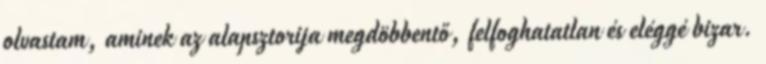
olvastam, aminek az alapsztorija megdöbbentő, felfoghatatlan és eléggé bizar.